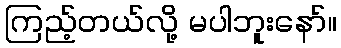
ကြည့်တယ်လို့ မပါဘူးနော်။